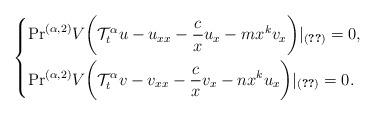
LaTeX: \begin{align*}\left\{\begin{aligned}&\mathrm{Pr}^{(\alpha,2)}V\bigg(\mathcal{T}_t^\alpha u-u_{xx}-\frac{c}{x}u_x-mx^kv_x\bigg)|_{\eqref{equation 2}}=0,\\&\mathrm{Pr}^{(\alpha,2)}V\bigg(\mathcal{T}_t^\alpha v-v_{xx}-\frac{c}{x}v_x-nx^ku_x\bigg)|_{\eqref{equation 2}}=0.\end{aligned}\right.\end{align*}